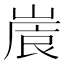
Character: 𡺒